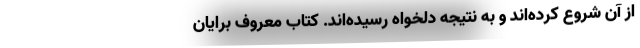
از آن شروع کرده‌اند و به نتیجه دلخواه رسیده‌اند. کتاب معروف برایان